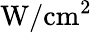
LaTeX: \mathrm{W}/\mathrm{cm}^{2}